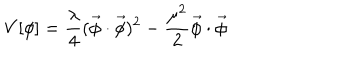
V [ \phi ] = \frac { \lambda } { 4 } ( \vec { \phi } \cdot \vec { \phi } ) ^ { 2 } - \frac { \mu ^ { 2 } } { 2 } \vec { \phi } \cdot \vec { \phi } \,